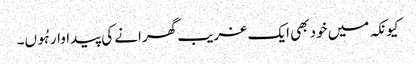
کیونکہ میں خود بھی ایک غریب گھرانے کی پیداوار ہُوں۔